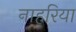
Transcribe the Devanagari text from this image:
नाहरिया